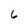
Character: 6